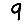
Digit: 9